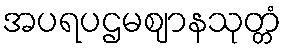
အပရပဌမဈာနသုတ္တံ